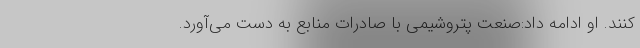
کنند. او ادامه داد:صنعت پتروشیمی با صادرات منابع به دست می‌آورد.